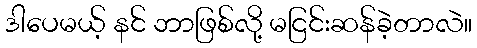
ဒါပေမယ့် နင် ဘာဖြစ်လို့ မငြင်းဆန်ခဲ့တာလဲ။